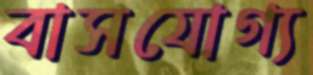
বাসযোগ্য